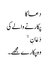
دعا کا
پکارنے والے کی
دَعَانِ ۙ
وہ پکارے مجھے۔